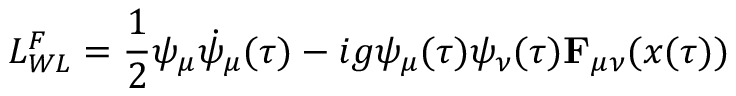
{ \cal L } _ { W L } ^ { F } = \frac { 1 } { 2 } \psi _ { \mu } \dot { \psi } _ { \mu } ( \tau ) - i g \psi _ { \mu } ( \tau ) \psi _ { \nu } ( \tau ) { \bf F } _ { \mu \nu } ( x ( \tau ) )